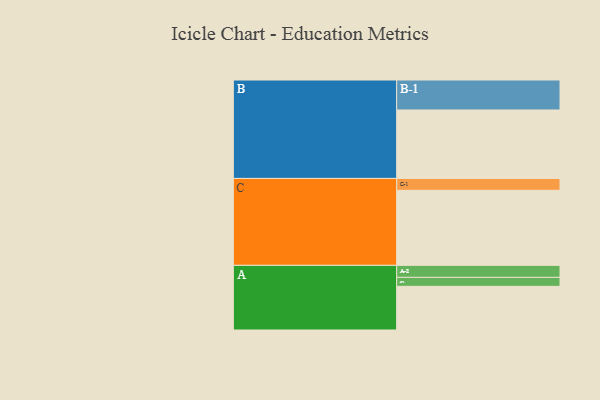
{"axis": {"x": "Segment", "y": "Value"}, "legend": ["", "A", "B", "C"], "data": [{"x": "A", "y": 345, "type": ""}, {"x": "B", "y": 541, "type": ""}, {"x": "C", "y": 593, "type": ""}, {"x": "A-1", "y": 71, "type": "A"}, {"x": "A-2", "y": 95, "type": "A"}, {"x": "B-1", "y": 237, "type": "B"}, {"x": "C-1", "y": 94, "type": "C"}]}